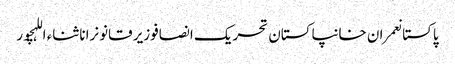
پاکستانعمران خانپاکستان تحریک انصافوزیر قانونرانا ثناء اللہچور